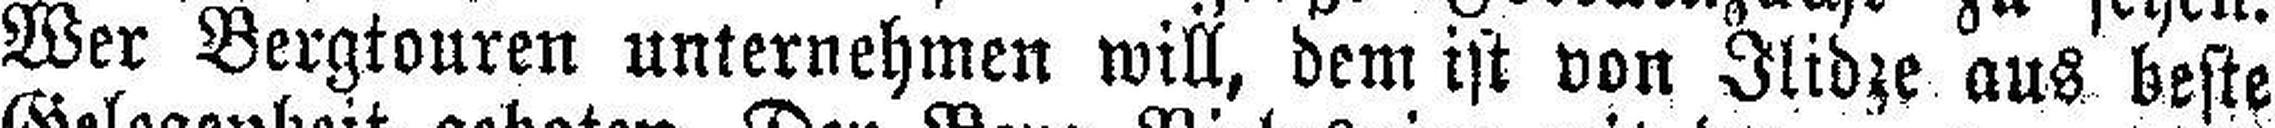
Wer Bergtouren unternehmen will, dem ist von Ilidze aus beste